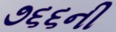
૭૬૬ની